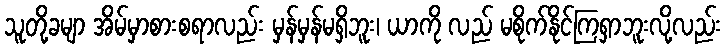
သူတို့ခမျာ အိမ်မှာစားစရာလည်း မှန်မှန်မရှိဘူး၊ ယာကို လည် မစိုက်နိုင်ကြရှာဘူးလို့လည်း